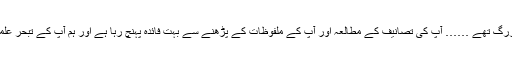
’’مرزا غلام احمدصاحب اپنے وقت کے بہت بڑے فاضل بزرگ تھے …… آپ کی تصانیف کے مطالعہ اور آپ کے ملفوظات کے پڑھنے سے بہت فائدہ پہنچ رہا ہے اور ہم آپ کے تبحر علمی اور فضیلت و کمال کا اعتراف کئے بغیر نہیں رہ سکتے۔